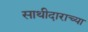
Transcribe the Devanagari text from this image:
साथीदाराच्या